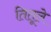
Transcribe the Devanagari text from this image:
तितूले